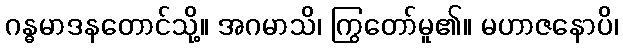
ဂန္ဓမာဒနတောင်သို့။ အဂမာသိ၊ ကြွတော်မူ၏။ မဟာဇနောပိ၊